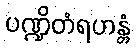
ပဏ္ဍိတံရဟန္တံ